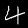
Label: 4